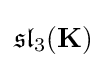
{\mathfrak {sl}}_{3}(\mathbf {K} )